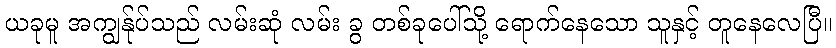
ယခုမူ အကျွန်ုပ်သည် လမ်းဆုံ လမ်း ခွ တစ်ခုပေါ်သို့ ရောက်နေသော သူနှင့် တူနေလေပြီ။